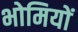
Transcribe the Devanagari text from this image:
भोमियों